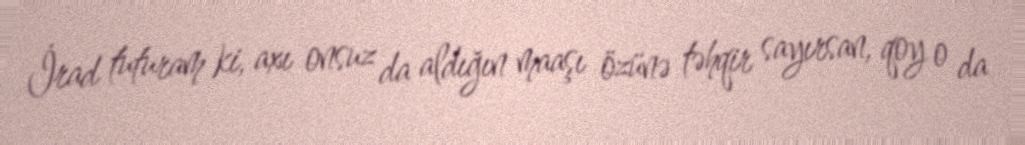
İrad tuturam ki, axı onsuz da aldığın maaşı özünə təhqir sayırsan, qoy o da